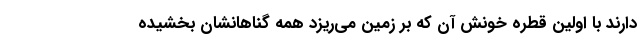
دارند با اولین قطره خونش آن که بر زمین می‌ریزد همه گناهانشان بخشیده